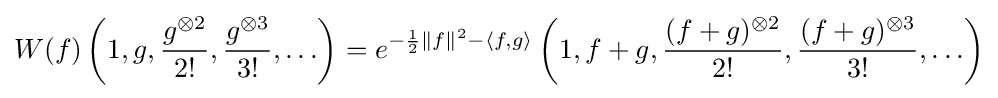
W(f)\left(1,g,{\frac {g^{\otimes 2}}{2!}},{\frac {g^{\otimes 3}}{3!}},\ldots \right)=e^{-{\frac {1}{2}}\|f\|^{2}-\langle f,g\rangle }\left(1,f+g,{\frac {(f+g)^{\otimes 2}}{2!}},{\frac {(f+g)^{\otimes 3}}{3!}},\ldots \right)